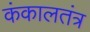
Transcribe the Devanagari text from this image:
कंकालतंत्र